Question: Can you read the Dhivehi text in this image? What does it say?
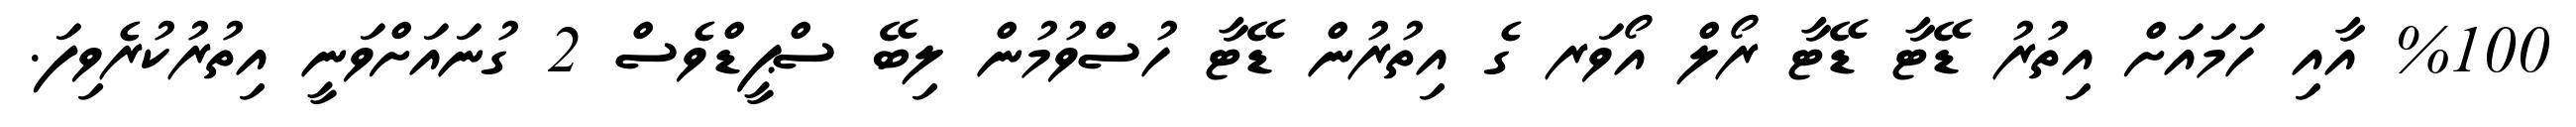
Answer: %100 އާއި ހަމައަށް އިތުރު ޑޭޓާ ޑޭޓާ ރޯލް އޯވަރ ގެ އިތުރުން ޑޭޓާ ހުސްވުމުން ލިބޭ ސްޕީޑްވެސް 2 ގުނައަށްވަނީ އިތުރުކުރެވިފަ.